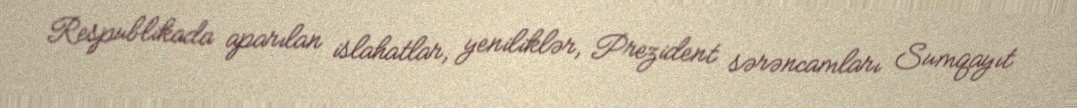
Respublikada aparılan islahatlar, yeniliklər, Prezident sərəncamları Sumqayıt